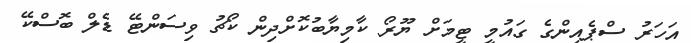
އަހަރު ސްޕެއިންގެ ގައުމީ ޓީމަށް ޔޫރޯ ކާމިޔާބުކޮށްދިން ކޯޗު ވިސަންޓޭ ޑެލް ބޮސްކޭ